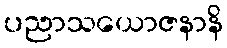
ပညာသယောဇနာနိ